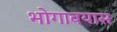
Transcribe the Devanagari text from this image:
भोगावयास